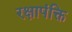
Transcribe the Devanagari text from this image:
रक्षापंक्ति